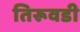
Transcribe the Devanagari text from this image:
तिरूवडी